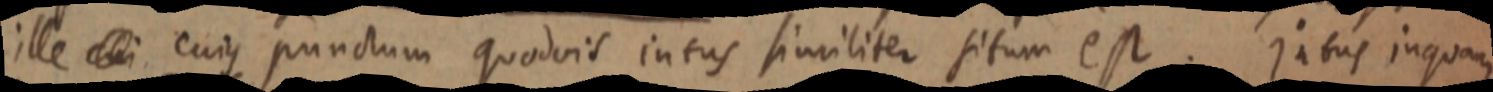
ille cui cuius punctum quodvis intus similiter situm est. Intus inquam